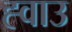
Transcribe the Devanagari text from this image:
ह्वाउ